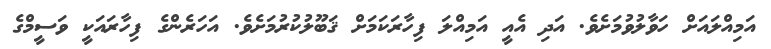
އަމިއްލައަށް ހަވާލުވުމަށެވެ. އަދި އެއީ އަމިއްލަ ފިހާރަކަމަށް ޤަބޫލުކުރުމަށެވެ. އަހަރެންގެ ފިހާރައަކީ ވަސީމްގެ